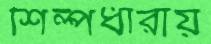
শিল্পধারায়